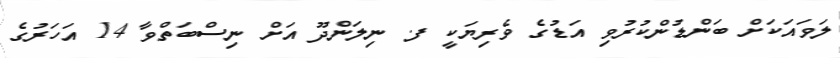
ލަވައަކަށް ބަންޑުންކުރުވި އަޑުގެ ވެރިޔަކީ ފ. ނިލަންދޫ އަށް ނިސްބަތްވާ 14 އަހަރުގެ